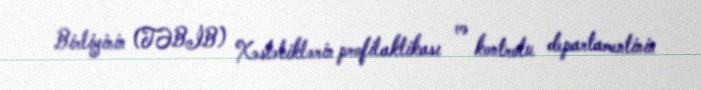
Birliyinin (TƏBİB) Xəstəliklərin profilaktikası və kontrolu departamentinin